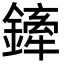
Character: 鏲